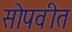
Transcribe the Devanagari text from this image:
सोपवीत